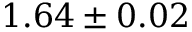
1 . 6 4 \pm 0 . 0 2